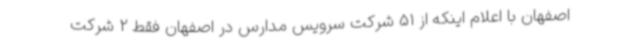
اصفهان با اعلام اینکه از 51 شرکت سرویس مدارس در اصفهان فقط 2 شرکت